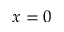
x = 0